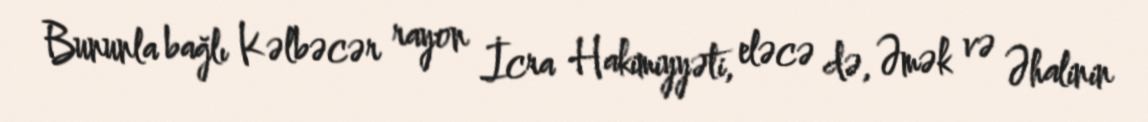
Bununla bağlı Kəlbəcər rayon İcra Hakimiyyəti, eləcə də, Əmək və Əhalinin